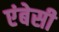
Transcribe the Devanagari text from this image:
एंबेसी